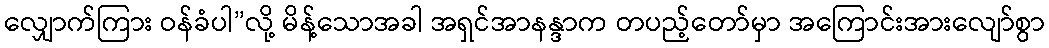
လျှောက်ကြား ဝန်ခံပါ”လို့ မိန့်သောအခါ အရှင်အာနန္ဒာက တပည့်တော်မှာ အကြောင်းအားလျော်စွာ